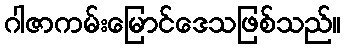
ဂါဇာကမ်းမြောင်ဒေသဖြစ်သည်။